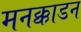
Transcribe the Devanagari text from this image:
मनक्काडन